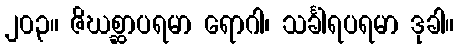
၂၀၃။ ဇိဃစ္ဆာပရမာ ရောဂါ၊ သင်္ခါရပရမာ ဒုခါ။